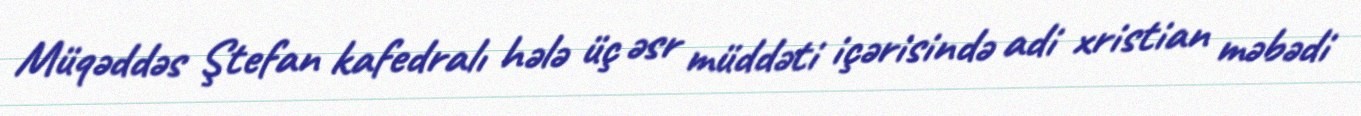
Müqəddəs Ştefan kafedralı hələ üç əsr müddəti içərisində adi xristian məbədi